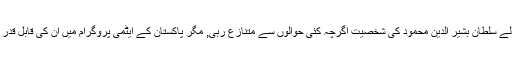
1940 میں امرتسر میں جنم لینے والے سلطان بشیر الدین محمود کی شخصیت اگرچہ کئی حوالوں سے متنازع رہی, مگر پاکستان کے ایٹمی پروگرام میں ان کی قابل قدر خدمات کو ہمیشہ یاد رکھا جائے گا۔